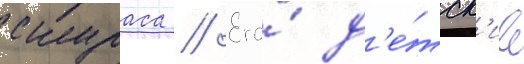
скураса // Его́ д'е́тск'ие